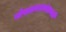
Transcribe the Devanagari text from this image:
गोपालराजवंशावली